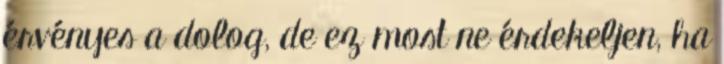
érvényes a dolog, de ez most ne érdekeljen, ha